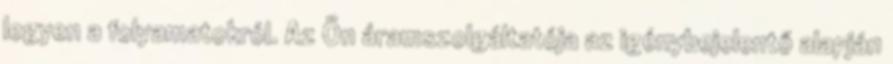
legyen a folyamatokról. Az Ön áramszolgáltatója az igénybejelentő alapján